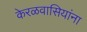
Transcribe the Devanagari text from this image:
केरळवासियांना